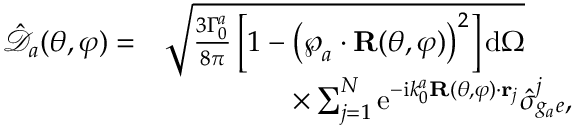
\begin{array} { r l } { \mathcal { \hat { \mathcal { D } } } _ { a } ( \theta , \varphi ) = } & { \sqrt { \frac { 3 \Gamma _ { 0 } ^ { a } } { 8 \pi } \left[ 1 - \left( \boldsymbol { \wp } _ { a } \cdot \mathbf { R } ( \theta , \varphi ) \right) ^ { 2 } \right] \mathrm { d } \Omega } } \\ & { \; \; \; \; \; \; \; \; \; \; \; \; \; \; \; \; \times \sum _ { j = 1 } ^ { N } \mathrm { e } ^ { - \mathrm { i } k _ { 0 } ^ { a } \mathbf { R } ( \theta , \varphi ) \cdot { \bf r } _ { j } } \hat { \sigma } _ { g _ { a } e } ^ { j } , } \end{array}